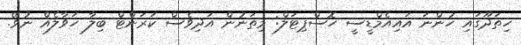
ހިތަދޫގައި ހުންނަ އައިއެމްޑީސީ ހޮސްޕިޓަލް: މިތަނުން އަދިވެސް ކަރަންޓް ބިލާ ހަވާލެއް ނުވޭ.